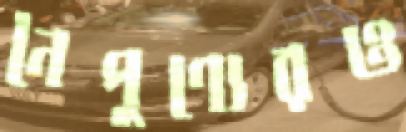
নৈপুণ্যেরও